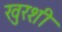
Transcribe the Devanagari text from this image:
खुरशी